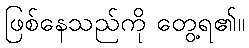
ဖြစ်နေသည်ကို တွေ့ရ၏။